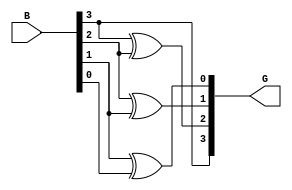
module b2g(input [3:0]B, output [3:0]G);
  assign G[3]= B[3];
  assign G[2]= B[3]^B[2];
  assign G[1]= B[2]^B[1];
  assign G[0]= B[1]^B[0];
endmodule